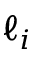
\ell _ { i }